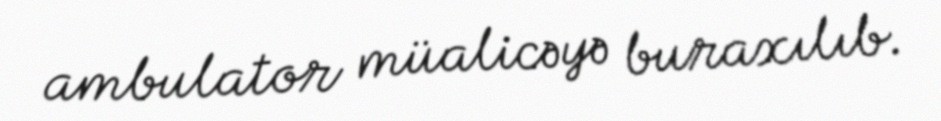
ambulator müalicəyə buraxılıb.